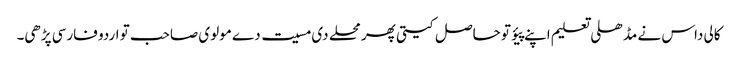
کالی داس نے مڈھلی تعلیم اپنے پیؤ تو حاصل کیتی پھر محلے دی مسیت دے مولوی صاحب تو اردو فارسی پڑھی۔